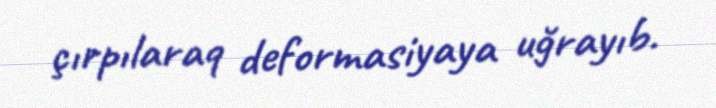
çırpılaraq deformasiyaya uğrayıb.